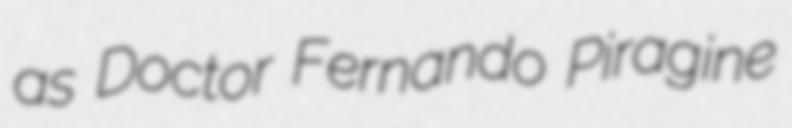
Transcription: as Doctor Fernando Piragine